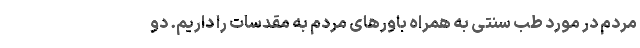
مردم در مورد طب سنتی به همراه باورهای مردم به مقدسات را داریم. دو